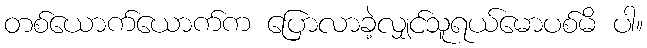
တစ်ယောက်ယောက်က ပြောလာခဲ့လျှင်သူရယ်မောပစ်မိ ပါ။